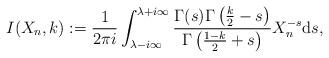
LaTeX: \begin{align*}I(X_n, k):= \frac{1}{2 \pi i } \int_{\lambda - i \infty}^{\lambda+i \infty} \frac{ \Gamma(s) \Gamma\left(\frac{k}{2}-s \right)}{\Gamma\left(\frac{1-k}{2} +s \right) } X_n^{-s} {\rm d}s,\end{align*}